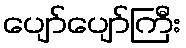
ပျော်ပျော်ကြီး